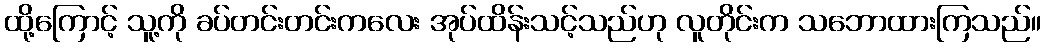
ထို့ကြောင့် သူ့ကို ခပ်တင်းတင်းကလေး အုပ်ထိန်းသင့်သည်ဟု လူတိုင်းက သဘောထားကြသည်။